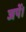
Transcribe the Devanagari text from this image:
जपें।